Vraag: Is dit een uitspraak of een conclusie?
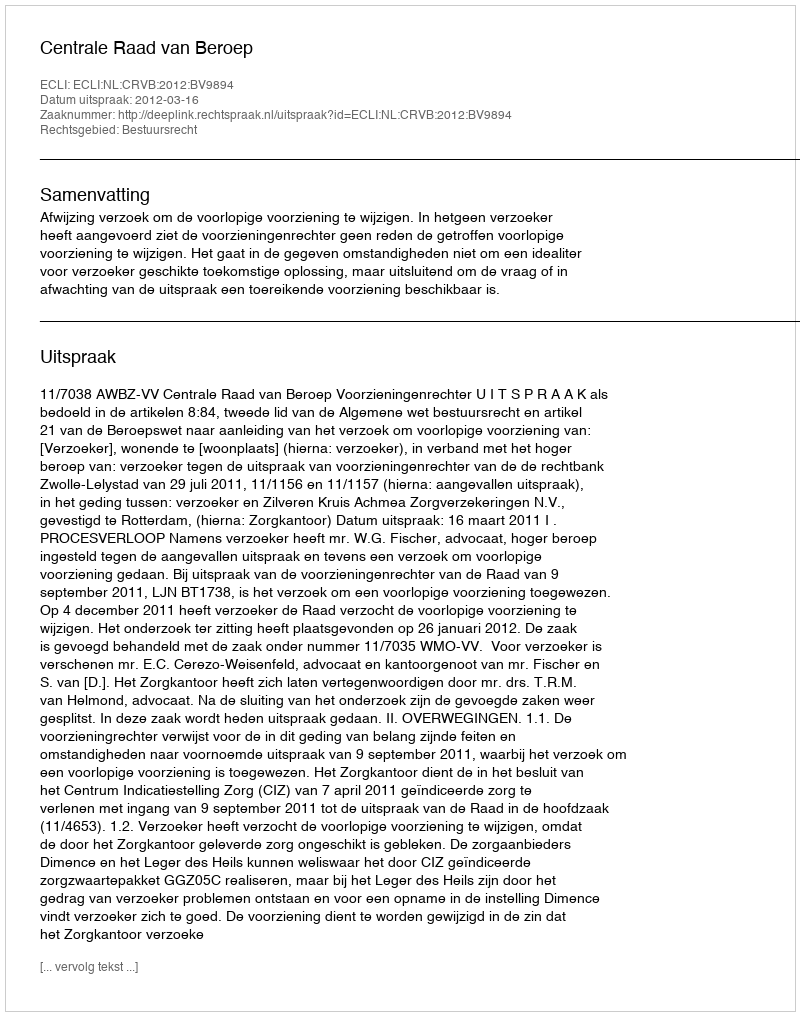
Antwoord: Uitspraak